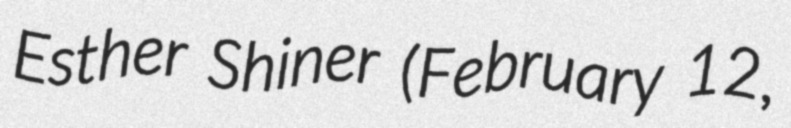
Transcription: Esther Shiner (February 12,